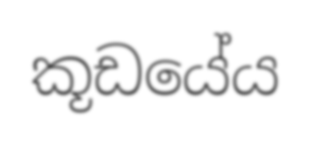
කූඩයේය